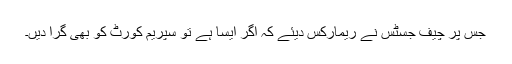
جس پر چیف جسٹس نے ریمارکس دیئے کہ اگر ایسا ہے تو سپریم کورٹ کو بھی گرا دیں۔